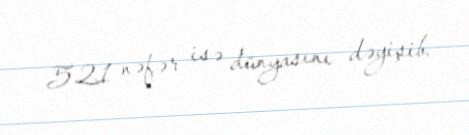
521 nəfər isə dünyasını dəyişib.